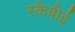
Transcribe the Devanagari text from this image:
स्कैबीई